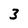
Character: 3